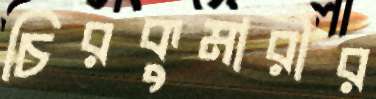
চিরকুমারীর